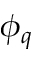
\phi _ { q }